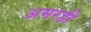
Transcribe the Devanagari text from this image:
अमरही